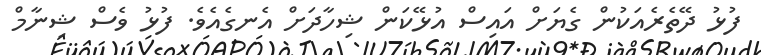
ފުޅު ދޭތެރެއަކުން ގެޔަށް އައިސް އުޅޭކަން ޝިހާދަށް އެނގެއެވެ. ފުޅު ވެސް ޝިނާމް